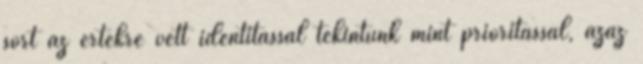
sort az értékre vett identitással tekintünk mint prioritással, azaz